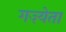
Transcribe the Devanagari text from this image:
गज़्येता